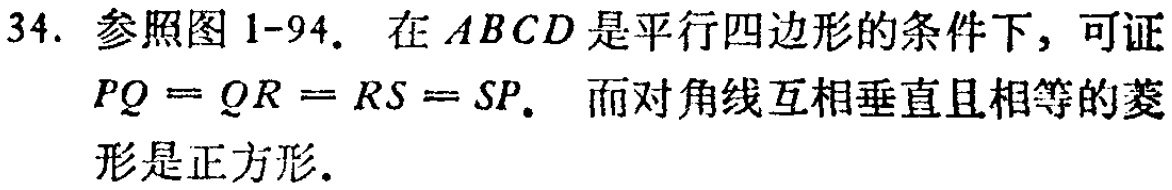
34. 参照图 1-94. 在 \(ABCD\) 是平行四边形的条件下，可证 \(PQ = QR = RS = SP\). 而对角线互相垂直且相等的菱形是正方形.